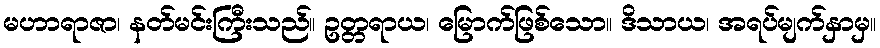
မဟာရာဇာ၊ နတ်မင်းကြီးသည်။ ဥတ္တရာယ၊ မြောက်ဖြစ်သော။ ဒိသာယ၊ အရပ်မျက်နှာမှ။